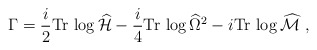
\begin{align*}\Gamma={i\over2}\mbox{Tr}\,\log\widehat{\cal H}-{i\over4}\mbox{Tr}\,\log\widehat{\Omega}^2 -i\mbox{Tr}\,\log\widehat{\cal M} \ ,\end{align*}